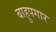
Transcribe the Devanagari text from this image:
बाहुपगार